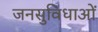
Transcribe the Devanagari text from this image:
जनसुविधाओं